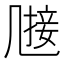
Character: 𠙤